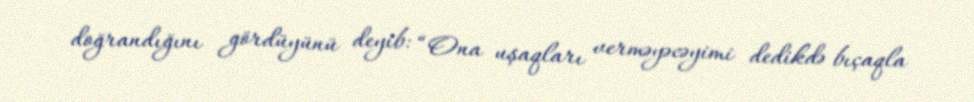
doğrandığını gördüyünü deyib: “Ona uşaqları verməyəcəyimi dedikdə bıçaqla